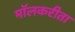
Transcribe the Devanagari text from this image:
मॉलकरीता